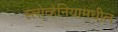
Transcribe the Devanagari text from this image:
स्लोव्हेनियामधील